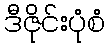
ဒီဇိုင်းပုံစံ